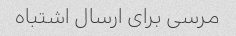
مرسی برای ارسال اشتباه